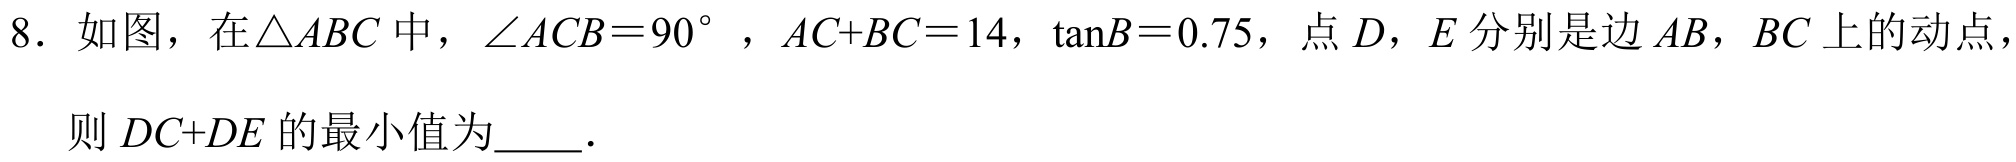
8. 如图，在\(\triangle ABC\)中，\(\angle ACB = 90^{\circ}\)，\(AC + BC = 14\)，\(\tan B = 0.75\)，点\(D\)，\(E\)分别是边\(AB\)，\(BC\)上的动点，则\(DC + DE\)的最小值为  ．